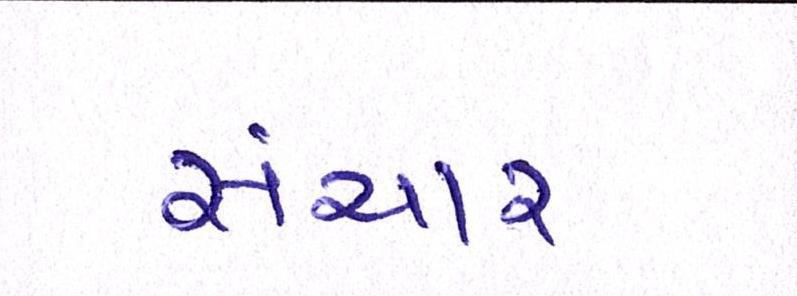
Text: સંચાર